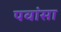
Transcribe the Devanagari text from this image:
पवांसा